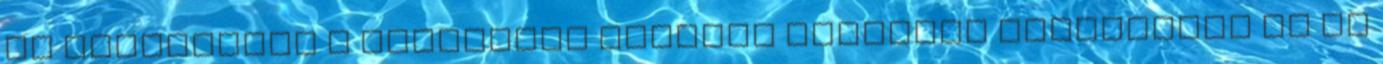
és feltételei A középkori Zemplén vármegye székhelyén ma is